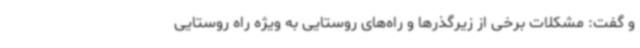
و گفت: مشکلات برخی از زیرگذرها و راه‌های روستایی به ویژه راه روستایی